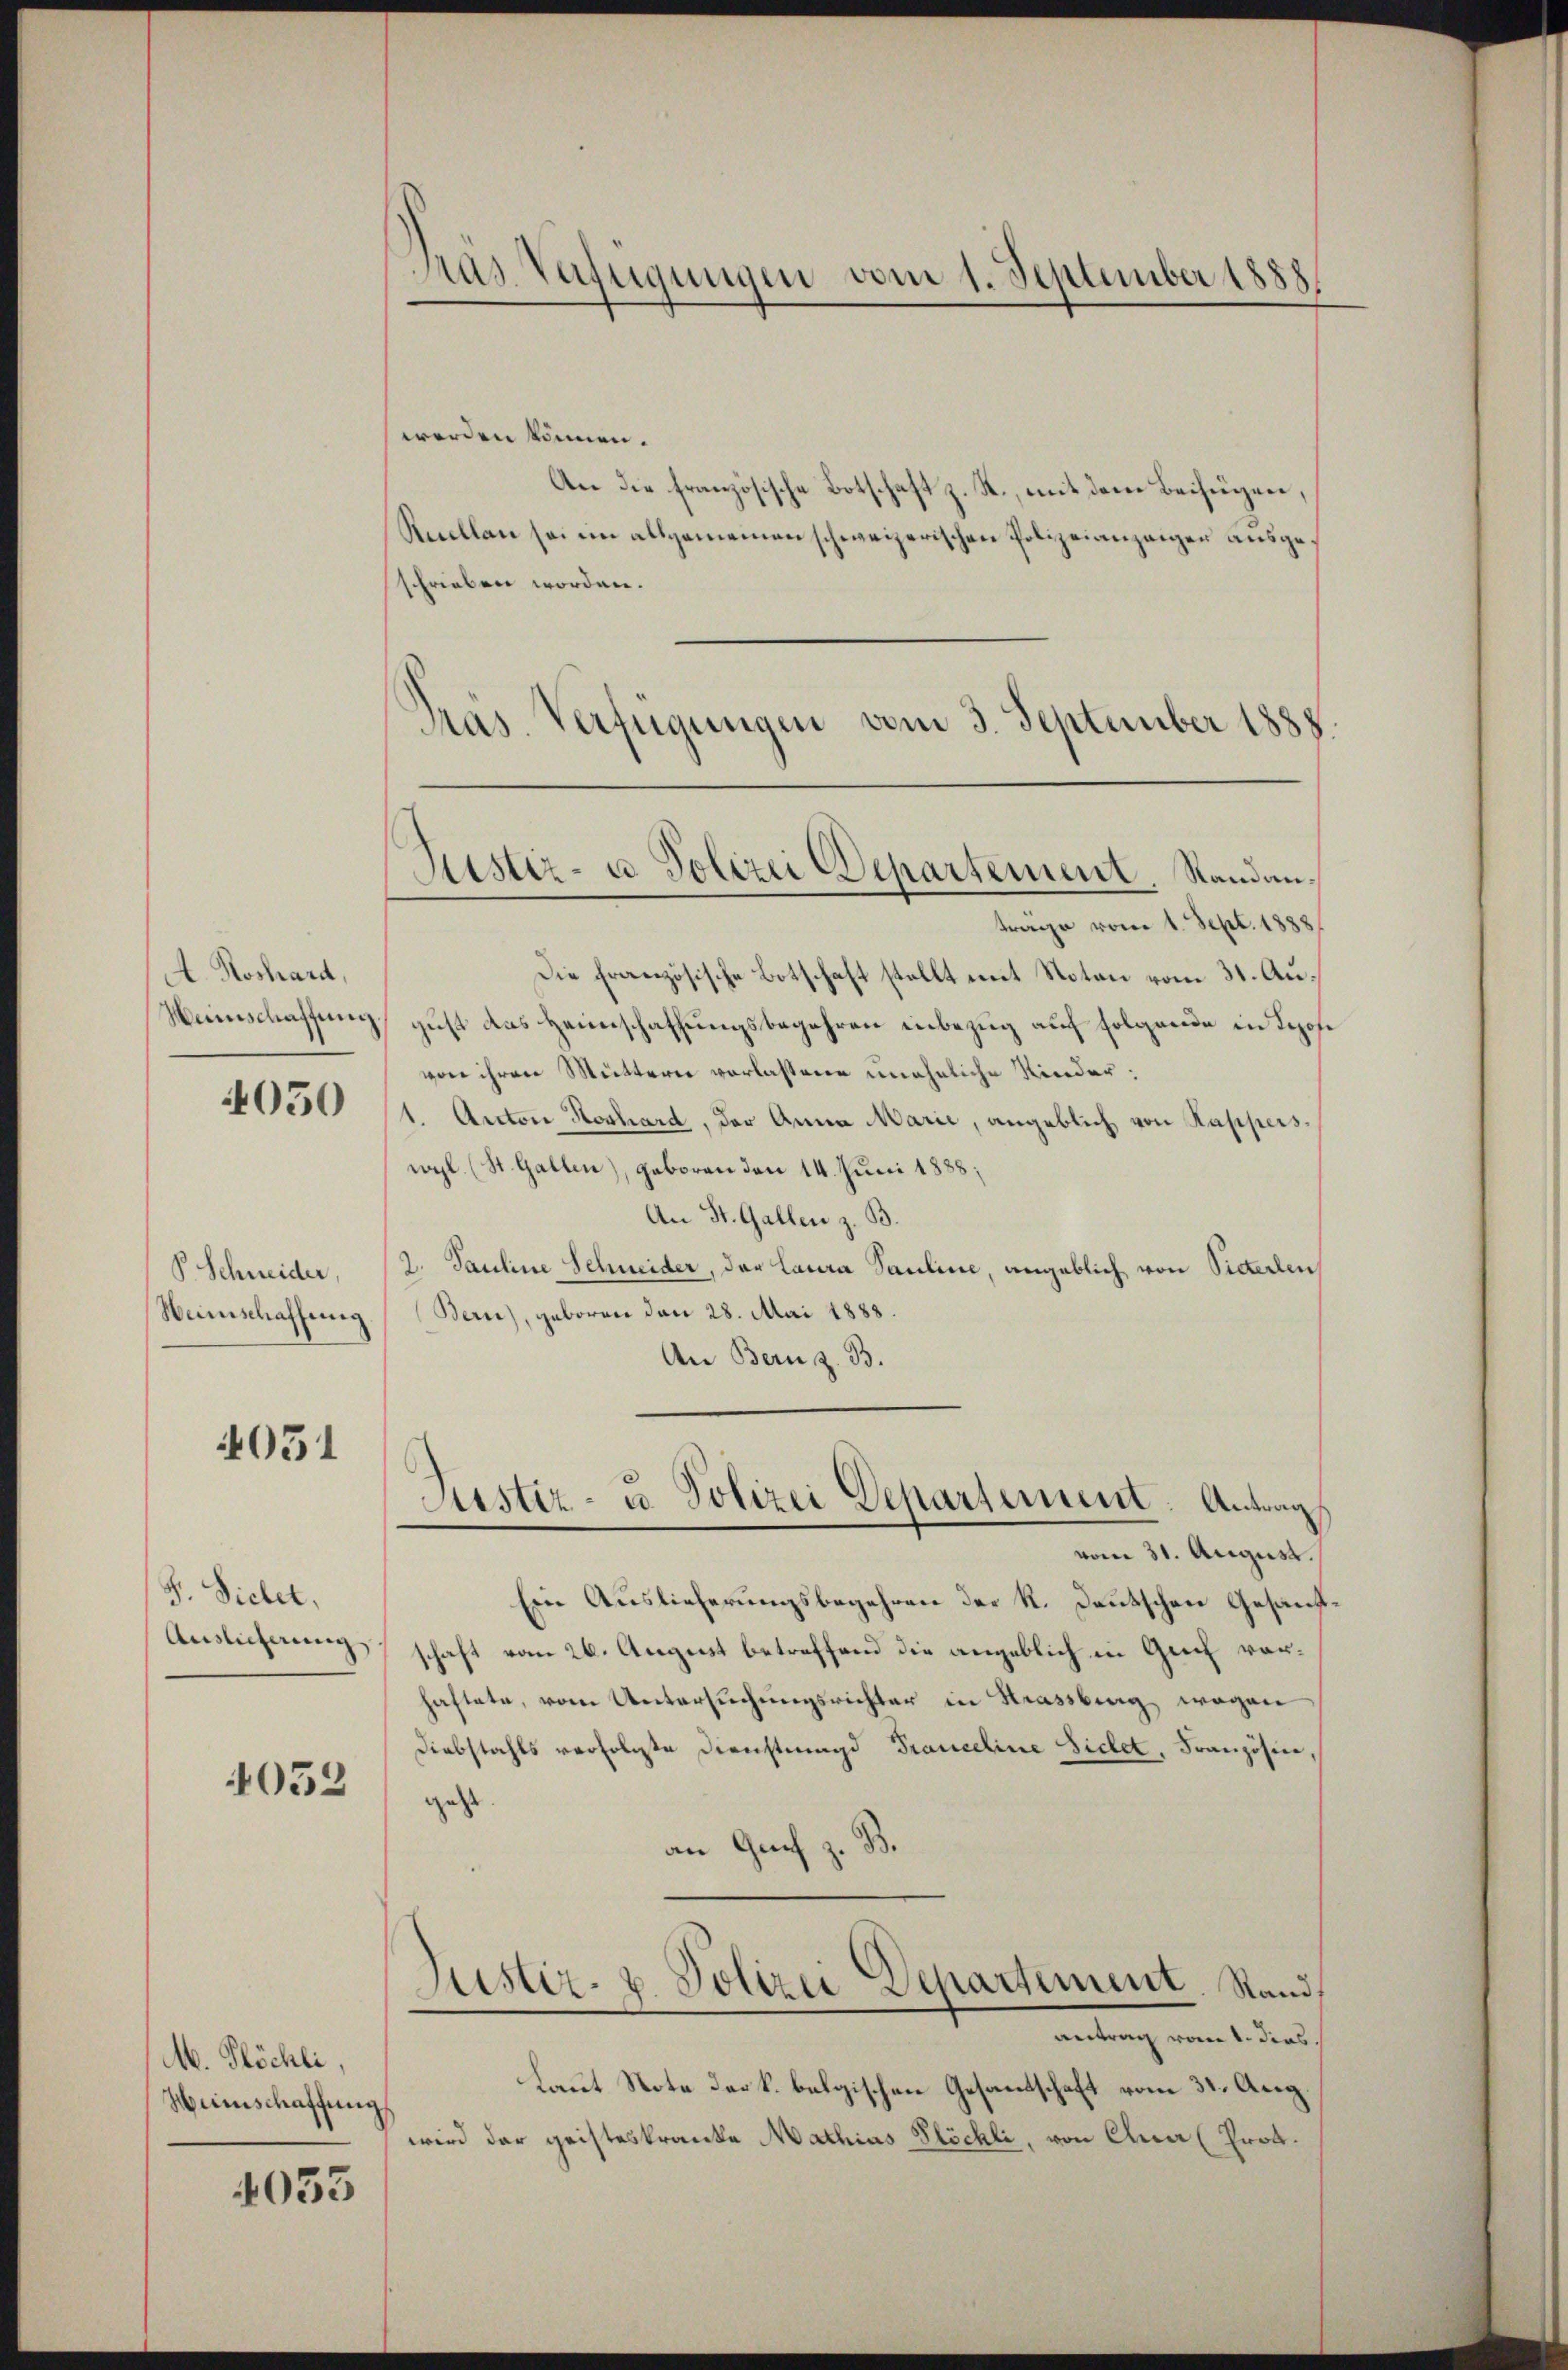
A. Koshard,
Weinschaffung

050

P. Schneider,
Weinschaffung

4051

F. Siehet,
Auslicherung

4052

M. Plöchli,
Weinschaffung

4053

Pras Verfügungen vom 1. September 1888.

werden können.
An die französische Botschaft z. R., mit dem Beifügen,
Ricellan sei im allgemeinen schweizerischen Polizeianzaigen ausgeschrieben worden.
Pras. Verfügungen vom 3. September 1888.
trage vom 1. Sept. 1888
Die Französische Botschaft stellt mit Noten vom 31. August das Heimschaffungsbegehren inbezug auf folgende in Loose
von ihren Mutterer verlassene uneheliche Nieder:
1. Anton Hoshard, der Anna Marie, angeblich von Kapperswyl (St. Gallen), geboren den 14. Juni 1888;
An St. Gallen z. B.
2. Pauline Schneider, der Laura Pauline, angeblich von Sicherlen
Bern), geboren den 28. Mai 1888.
An Bern z. B.

Ein Auslieferungsbegehren der K. Deutschen Gesandtschaft vom 26. August betreffend die angeblich in Genf vorhaftete, vom Untersuchungsrichter in Strassberg wegen
Diebstahls verfolgte Dienstmagd Franceline Sichet, Französine,
geht.
an Graf z. B.
Justiz- & Polizei Departement. Stand,
antrag vom 1. dies
Laut Note der k. belgischen Gesandtschaft vom 31. Aug.
wird der geisteskranke Mathias Plöchli, von Euer (Prot.

Justiz- u. Polizei Departement. Sandan¬

Justiz- u. Polizei Departement. Antrag
vom 31. August.